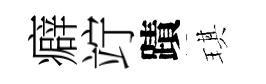
癖竚蹟琪